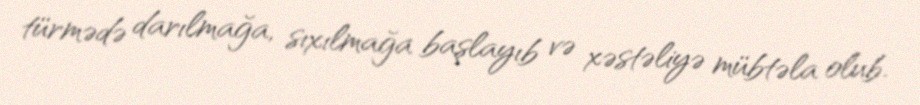
türmədə darılmağa, sıxılmağa başlayıb və xəstəliyə mübtəla olub.